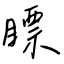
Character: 瞟